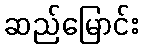
ဆည်မြောင်း